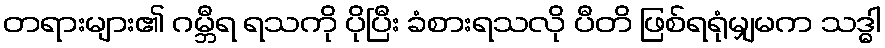
တရားများ၏ ဂမ္ဘီရ ရသကို ပိုပြီး ခံစားရသလို ပီတိ ဖြစ်ရရုံမျှမက သဒ္ဓါ